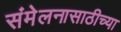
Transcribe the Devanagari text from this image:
संमेलनासाठीच्या